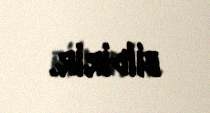
bildirir.